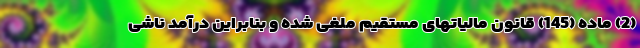
(2) ماده (145) قانون مالیاتهای مستقیم ملغی شده و بنابراین درآمد ناشی